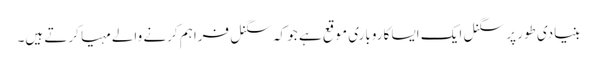
بنیادی طور پر سگنل ایک ایسا کاروباری موقع ہے جو کہ سگنل فراہم کرنے والے مہیا کرتے ہیں۔